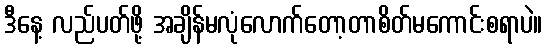
ဒီနေ့ လည်ပတ်ဖို့ အချိန်မလုံလောက်တော့တာစိတ်မကောင်းစရာပဲ။